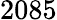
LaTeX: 2085